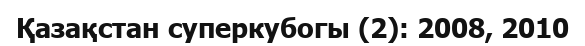
Қазақстан суперкубогы (2): 2008, 2010